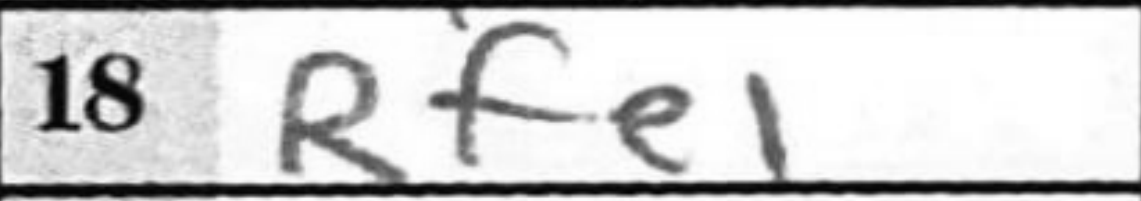
Transcription: Rfe1